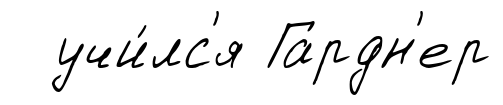
учи́лс'я Гардн'ер